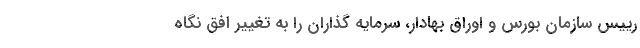
رییس سازمان بورس و اوراق بهادار، سرمایه گذاران را به تغییر افق نگاه